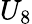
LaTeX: U_{8}